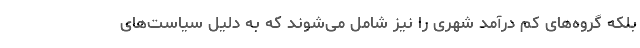
بلکه گروه‌های کم درآمد شهری را نیز شامل می‌شوند که به دلیل سیاست‌های